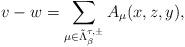
LaTeX: \begin{align*}v-w=\sum_{\mu\in\tilde\Lambda^{\tau,\pm}_{\beta}}A_\mu(x,z,y),\end{align*}